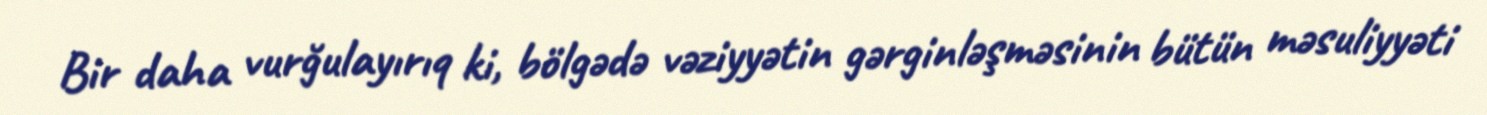
Bir daha vurğulayırıq ki, bölgədə vəziyyətin gərginləşməsinin bütün məsuliyyəti